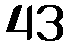
43